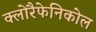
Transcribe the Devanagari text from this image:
क्लोरैफेनिकोल